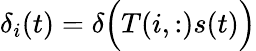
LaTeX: \delta_{i}(t)=\delta\Big(T(i,:)s(t)\Big)